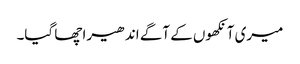
میری آنکھوں کے آگے اندھیرا چھا گیا۔